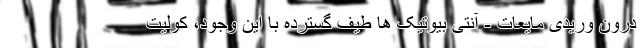
درون وریدی مایعات - آنتی بیوتیک ها طیف گسترده با این وجود، کولیت